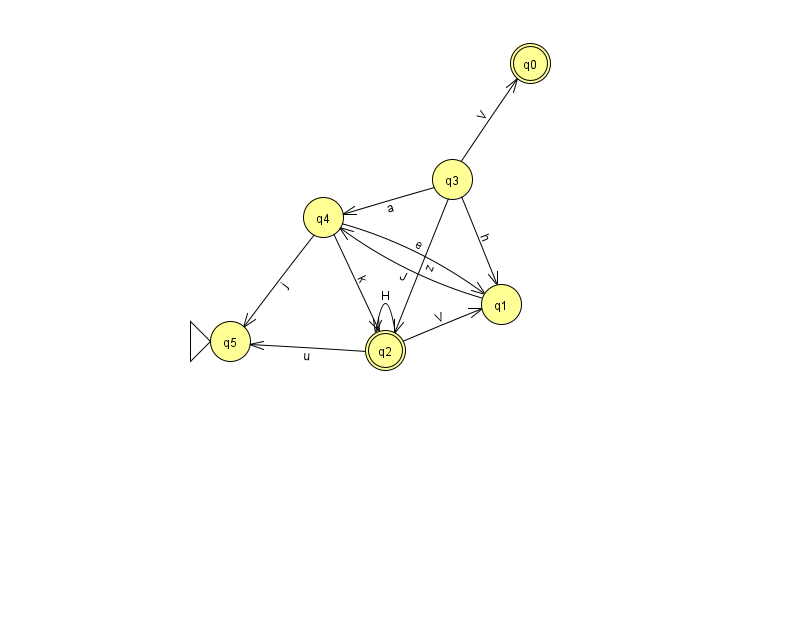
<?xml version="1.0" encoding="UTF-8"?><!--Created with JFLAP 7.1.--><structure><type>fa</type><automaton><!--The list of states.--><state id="0" name="q0"><x>530.0</x><y>50.0</y><final/></state><state id="1" name="q1"><x>501.0</x><y>291.0</y></state><state id="2" name="q2"><x>385.0</x><y>337.0</y><final/></state><state id="3" name="q3"><x>452.0</x><y>166.0</y></state><state id="4" name="q4"><x>323.0</x><y>204.0</y></state><state id="5" name="q5"><x>230.0</x><y>328.0</y><initial/></state><!--The list of transitions.--><transition><from>4</from><to>5</to><read>j</read></transition><transition><from>1</from><to>4</to><read>J</read></transition><transition><from>3</from><to>4</to><read>a</read></transition><transition><from>3</from><to>1</to><read>h</read></transition><transition><from>2</from><to>2</to><read>H</read></transition><transition><from>4</from><to>2</to><read>k</read></transition><transition><from>3</from><to>2</to><read>z</read></transition><transition><from>2</from><to>1</to><read>V</read></transition><transition><from>2</from><to>5</to><read>u</read></transition><transition><from>3</from><to>0</to><read>V</read></transition><transition><from>4</from><to>1</to><read>e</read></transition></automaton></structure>